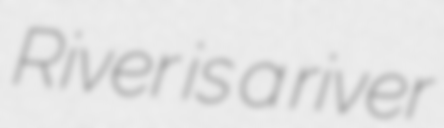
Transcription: River is a river